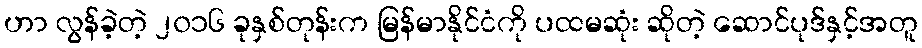
ဟာ လွန်ခဲ့တဲ့ ၂၀၁၆ ခုနှစ်တုန်းက မြန်မာနိုင်ငံကို ပထမဆုံး ဆိုတဲ့ ဆောင်ပုဒ်နှင့်အတူ